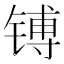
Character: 镈